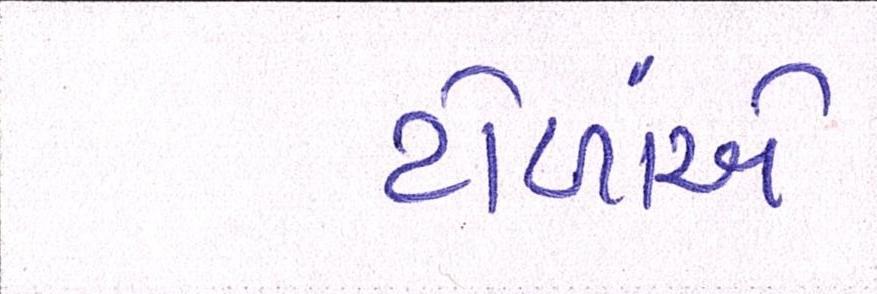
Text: ટોળાંએ